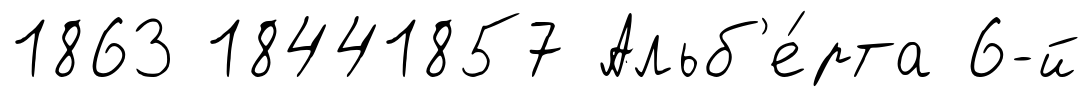
1863 18441857 Альб'е́рта 6-й